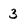
Character: 3